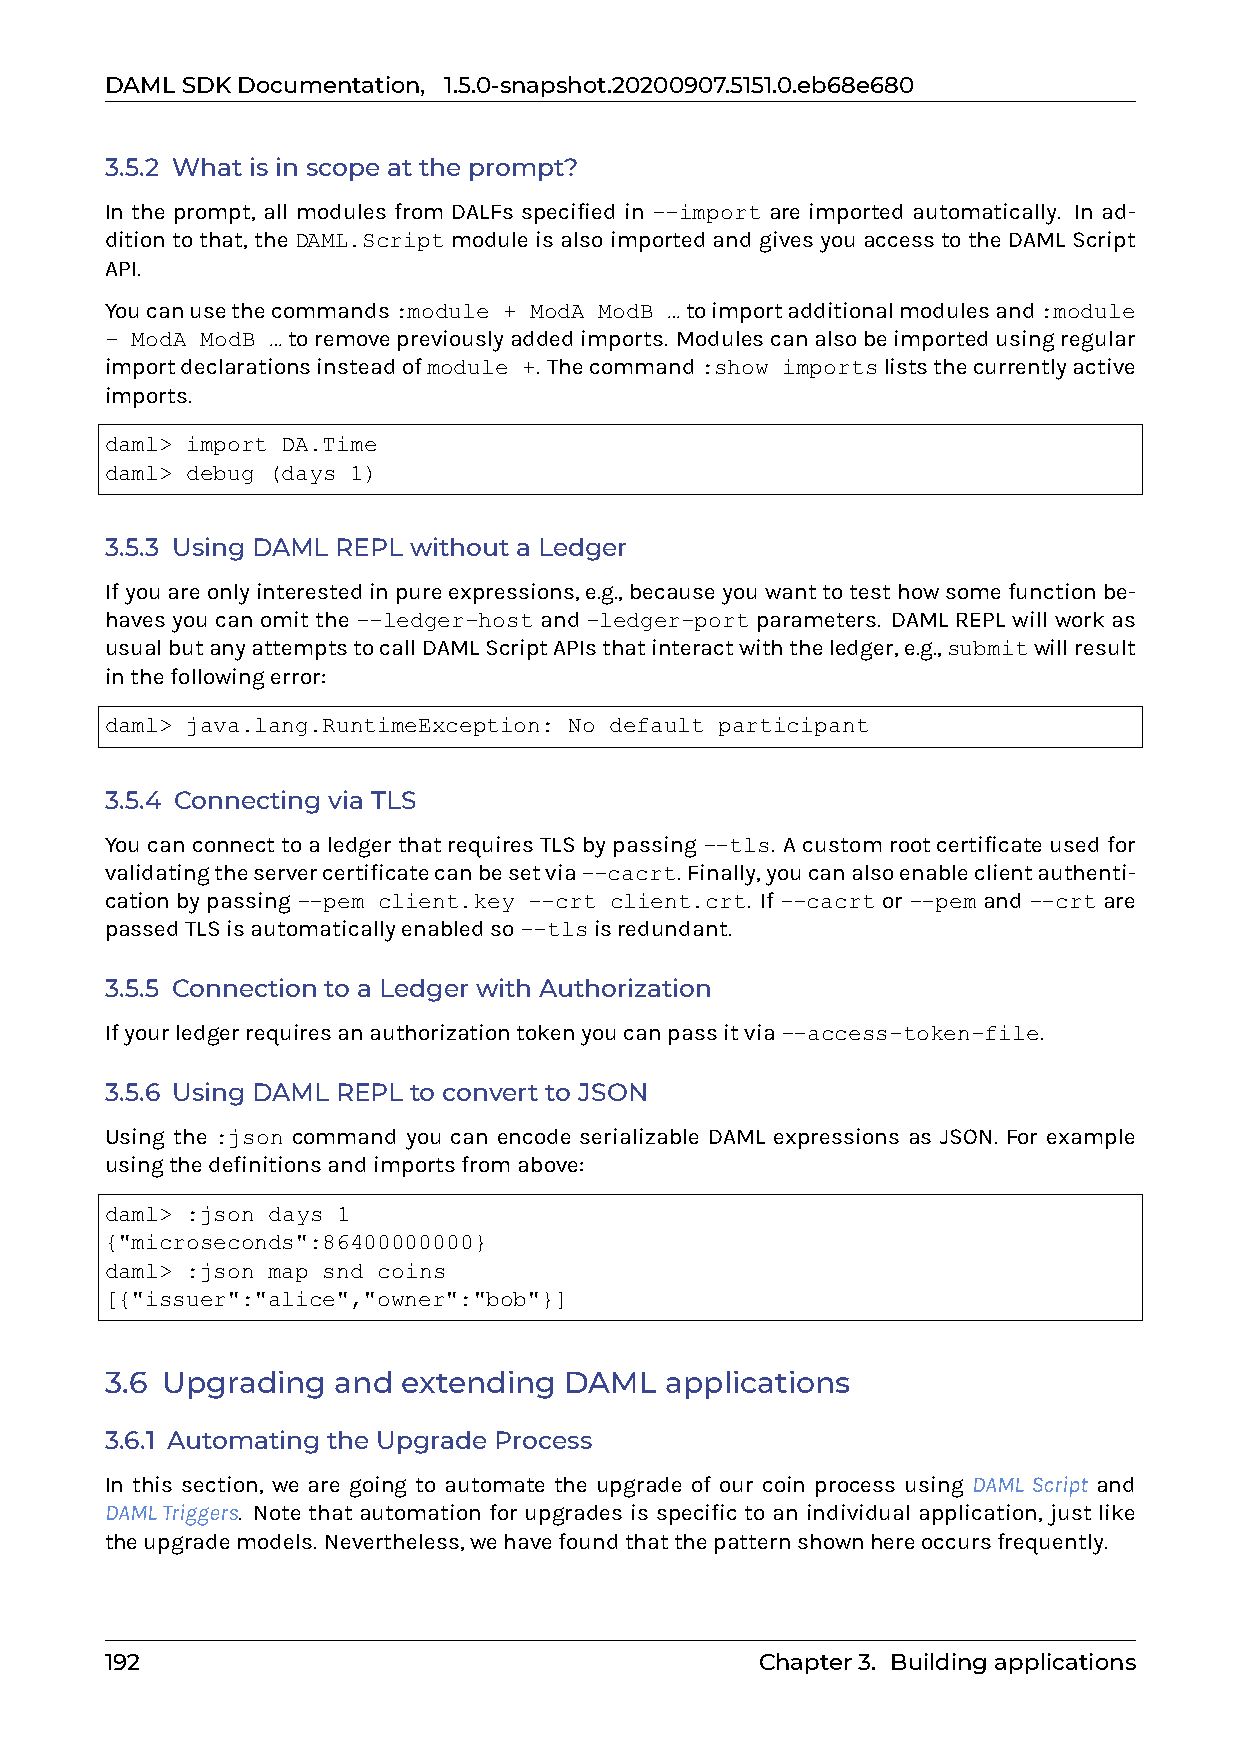
DAMLSDKDocumentation, 1.5.0-snapshot.20200907.5151.0.eb68e680
 3.5.2 What is in scope at the prompt?
 In the prompt, all modules from DALFs specified in --import are imported automatically. In ad-
 ditiontothat, theDAML.ScriptmoduleisalsoimportedandgivesyouaccesstotheDAMLScript
 API.
 Youcanusethecommands:module + ModA ModB …toimportadditionalmodulesand:module
 - ModA ModB …toremovepreviouslyaddedimports. Modulescanalsobeimportedusingregular
 importdeclarationsinsteadofmodule +. Thecommand:show importsliststhecurrentlyactive
 imports.
 daml> import DA.Time
 daml> debug (days 1)
 3.5.3 Using DAML REPL without a Ledger
 Ifyouareonlyinterestedinpureexpressions,e.g.,becauseyouwanttotesthowsomefunctionbe-
 havesyou canomit the --ledger-host and -ledger-port parameters. DAMLREPL willwork as
 usualbutanyattemptstocallDAMLScriptAPIsthatinteractwiththeledger,e.g.,submitwillresult
 inthefollowingerror:
 daml> java.lang.RuntimeException: No default participant
 3.5.4 Connecting via TLS
 YoucanconnecttoaledgerthatrequiresTLSbypassing--tls. Acustomrootcertificateusedfor
 validatingtheservercertificatecanbesetvia--cacrt. Finally,youcanalsoenableclientauthenti-
 cationbypassing--pem client.key --crt client.crt. If--cacrtor--pemand--crtare
 passedTLSisautomaticallyenabledso--tlsisredundant.
 3.5.5 Connection to a Ledger with Authorization
 Ifyourledgerrequiresanauthorizationtokenyoucanpassitvia--access-token-file.
 3.5.6 Using DAML REPL to convert to JSON
 Using the :json command you can encode serializable DAML expressions as JSON. For example
 usingthedefinitionsandimportsfromabove:
 daml> :json days 1
 {"microseconds":86400000000}
 daml> :json map snd coins
 [{"issuer":"alice","owner":"bob"}]
 3.6 Upgrading  and  extending DAML   applications
 3.6.1 Automating the Upgrade Process
 In this section, we are going to automate the upgrade of our coin process using DAML Script and
 DAMLTriggers. Note that automation for upgrades is specific to an individual application, just like
 theupgrademodels. Nevertheless,wehavefoundthatthepatternshownhereoccursfrequently.
 192                                        Chapter3. Buildingapplications